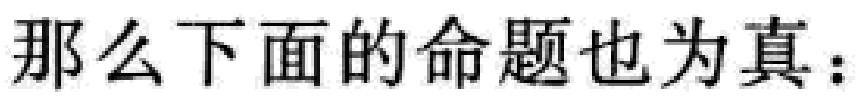
那么下面的命题也为真：